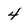
Character: 4